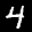
Label: 4